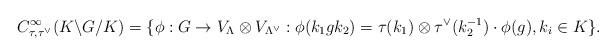
LaTeX: \begin{align*} C^\infty_{\tau, \tau^\vee}(K\backslash G/ K)=\{\phi: G\to V_{\Lambda}\otimes V_{\Lambda^\vee} : \phi(k_1gk_2)=\tau(k_1)\otimes \tau^\vee(k_2^{-1})\cdot\phi(g), k_i\in K\}. \end{align*}